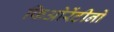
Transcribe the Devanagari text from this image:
फिओरेंटीनो